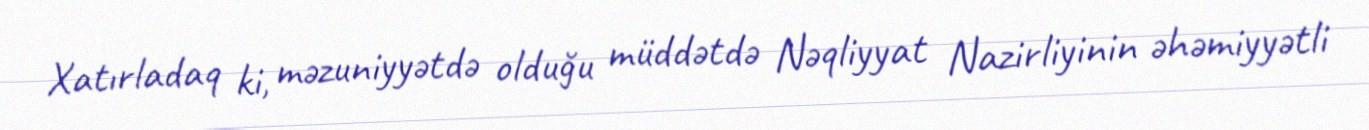
Xatırladaq ki, məzuniyyətdə olduğu müddətdə Nəqliyyat Nazirliyinin əhəmiyyətli